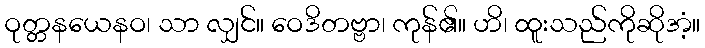
ဝုတ္တနယေနဝ၊ သာ လျှင်။ ဝေဒိတဗ္ဗာ၊ ကုန်၏။ ဟိ၊ ထူးသည်ကိုဆိုအံ့။